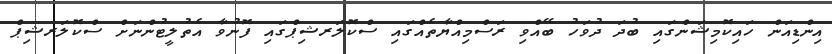
އިންޑިއަން ހައިކޮމިޝަންގައި ބުދަ ދުވަހު ބޭއްވި ރަސްމިއްޔާތެއްގައި ސްކޮލަރޝިޕްގައި ފޮނުވާ އެތުލީޓުންނަށް ސްކޮލަރޝިޕް